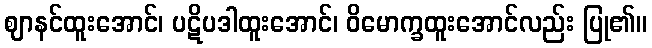
ဈာနင်ထူးအောင်၊ ပဋိပဒါထူးအောင်၊ ဝိမောက္ခထူးအောင်လည်း ပြု၏။